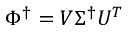
\Phi ^ { \dagger } = V \Sigma ^ { \dagger } U ^ { T }